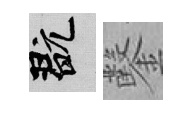
玩鑿